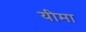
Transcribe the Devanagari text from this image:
यीमा